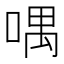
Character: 喁